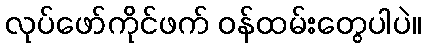
လုပ်ဖော်ကိုင်ဖက် ဝန်ထမ်းတွေပါပဲ။